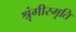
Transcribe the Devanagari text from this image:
श्रृंगीस्मृति